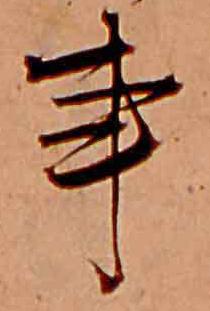
事